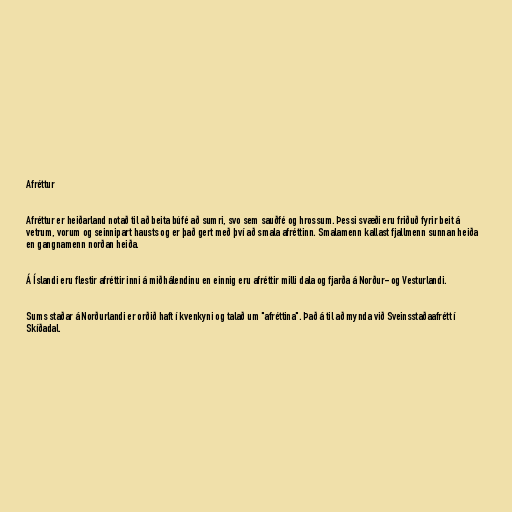
Afréttur

Afréttur er heiðarland notað til að beita búfé að sumri, svo sem sauðfé og hrossum. Þessi svæði eru friðuð fyrir beit á
vetrum, vorum og seinnipart hausts og er það gert með því að smala afréttinn. Smalamenn kallast fjallmenn sunnan heiða
en gangnamenn norðan heiða.

Á Íslandi eru flestir afréttir inni á miðhálendinu en einnig eru afréttir milli dala og fjarða á Norður- og Vesturlandi.

Sums staðar á Norðurlandi er orðið haft í kvenkyni og talað um "afréttina". Það á til að mynda við Sveinsstaðaafrétt í
Skíðadal.